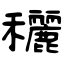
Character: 穲